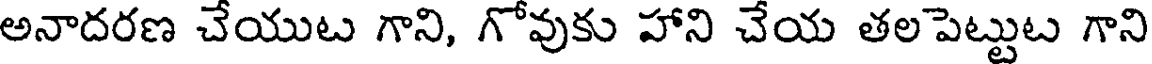
అనాదరణ చేయుట గాని, గోవుకు హాని చేయ తలపెట్టుట గాని